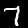
Digit: 7